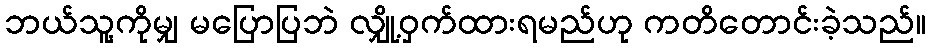
ဘယ်သူ့ကိုမျှ မပြောပြဘဲ လျှို့ဝှက်ထားရမည်ဟု ကတိတောင်းခဲ့သည်။